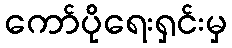
ကော်ပိုရေးရှင်းမှ